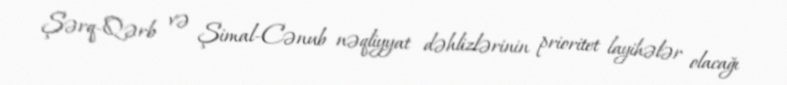
Şərq-Qərb və Şimal-Cənub nəqliyyat dəhlizlərinin prioritet layihələr olacağı